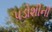
પડોશીની